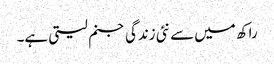
راکھ میں سے نئی زندگی جنم لیتی ہے۔